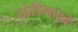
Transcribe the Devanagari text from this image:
घोरीभारत